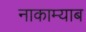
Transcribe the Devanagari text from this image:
नाकाम्याब